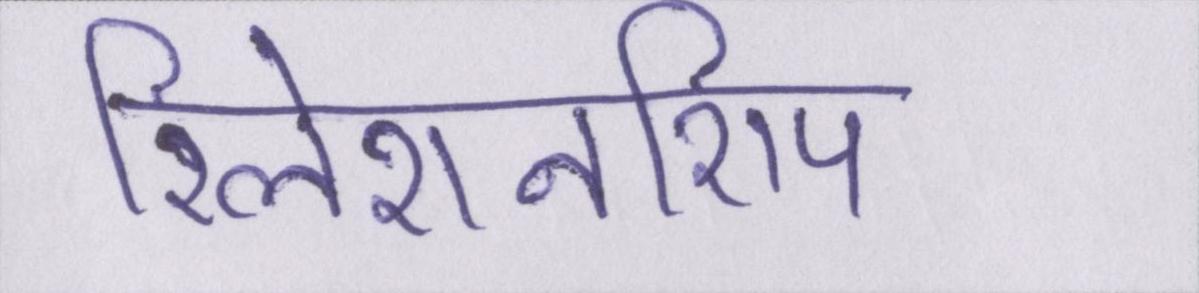
रिलेशनशिप